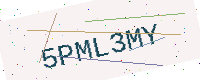
Text: 5PML3MY